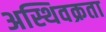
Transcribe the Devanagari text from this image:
अस्थिवक्रता